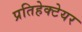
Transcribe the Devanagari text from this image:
प्रतिहेक्टेयर